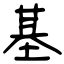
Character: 基